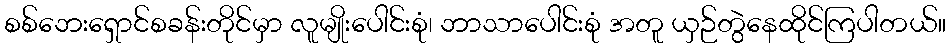
စစ်ဘေးရှောင်စခန်းတိုင်မှာ လူမျိုးပေါင်းစုံ၊ ဘာသာပေါင်းစုံ အတူ ယှဉ်တွဲနေထိုင်ကြပါတယ်။